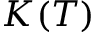
K ( T )